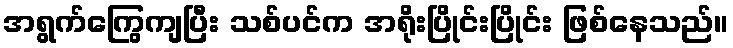
အရွက်ကြွေကျပြီး သစ်ပင်က အရိုးပြိုင်းပြိုင်း ဖြစ်နေသည်။